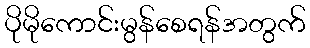
ပိုမိုကောင်းမွန်စေရန်အတွက်